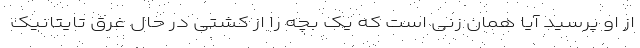
از او پرسید آیا همان زنی است که یک بچه را از کشتی در حال غرق تایتانیک